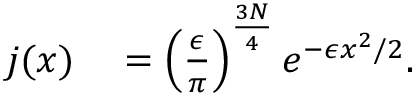
\begin{array} { r l } { j ( x ) } & { { } = \left( \frac { \epsilon } { \pi } \right) ^ { \frac { 3 N } { 4 } } e ^ { - \epsilon x ^ { 2 } / 2 } . } \end{array}